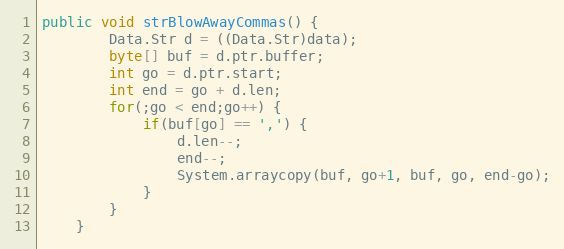
Language: Java
public void strBlowAwayCommas() {
        Data.Str d = ((Data.Str)data);
        byte[] buf = d.ptr.buffer;
        int go = d.ptr.start;
        int end = go + d.len;
        for(;go < end;go++) {
            if(buf[go] == ',') {
                d.len--;
                end--;
                System.arraycopy(buf, go+1, buf, go, end-go);
            }
        }
    }